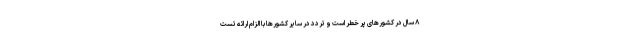
۸ سال در کشورهای پر خطر است و تردد در سایر کشورها با الزام ارائه تست